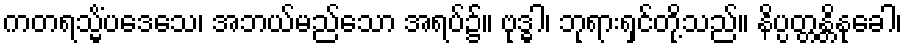
ကတရသ္မိံပဒေသေ၊ အဘယ်မည်သော အရပ်၌။ ဗုဒ္ဓါ၊ ဘုရားရှင်တို့သည်။ နိပ္ပတ္တန္တိနုခေါ၊